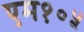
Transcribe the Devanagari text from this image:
एम१०५